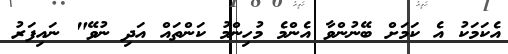
އެކަމަކު އެ ކަމަށް ބޭނުންވާ އެންމެ މުހިންމު ކަންތައް އަދި ނުވޭ" ނައިފަރު